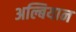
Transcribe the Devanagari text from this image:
अल्बियान